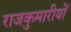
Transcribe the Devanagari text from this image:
राजकुमारीयों